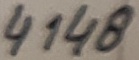
Text: 4148